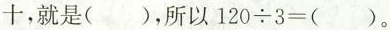
十，就是( )，所以$$1 2 0 \div 3 =$$ ( )。